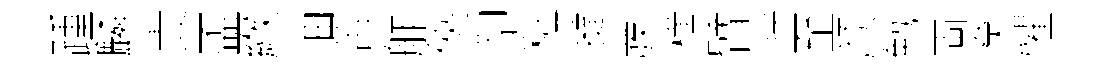
踵麟責盃緱油苦舴俠卻粧撻彂横臂貯至颜勉両癸懼